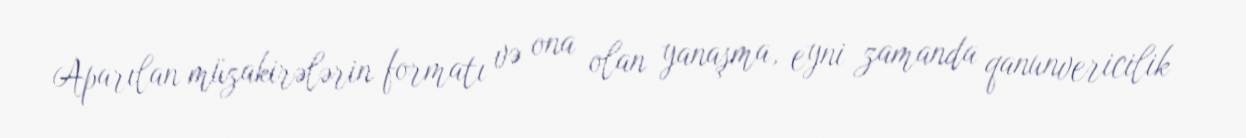
Aparılan müzakirələrin formatı və ona olan yanaşma, eyni zamanda qanunvericilik